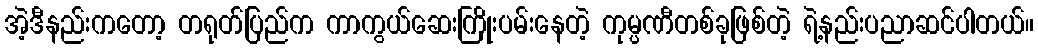
အဲ့ဒီနည်းကတော့ တရုတ်ပြည်က ကာကွယ်ဆေးကြိုးပမ်းနေတဲ့ ကုမ္ပဏီတစ်ခုဖြစ်တဲ့ ရဲ့နည်းပညာဆင်ပါတယ်။